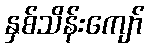
နှစ်သိန်းကျော်